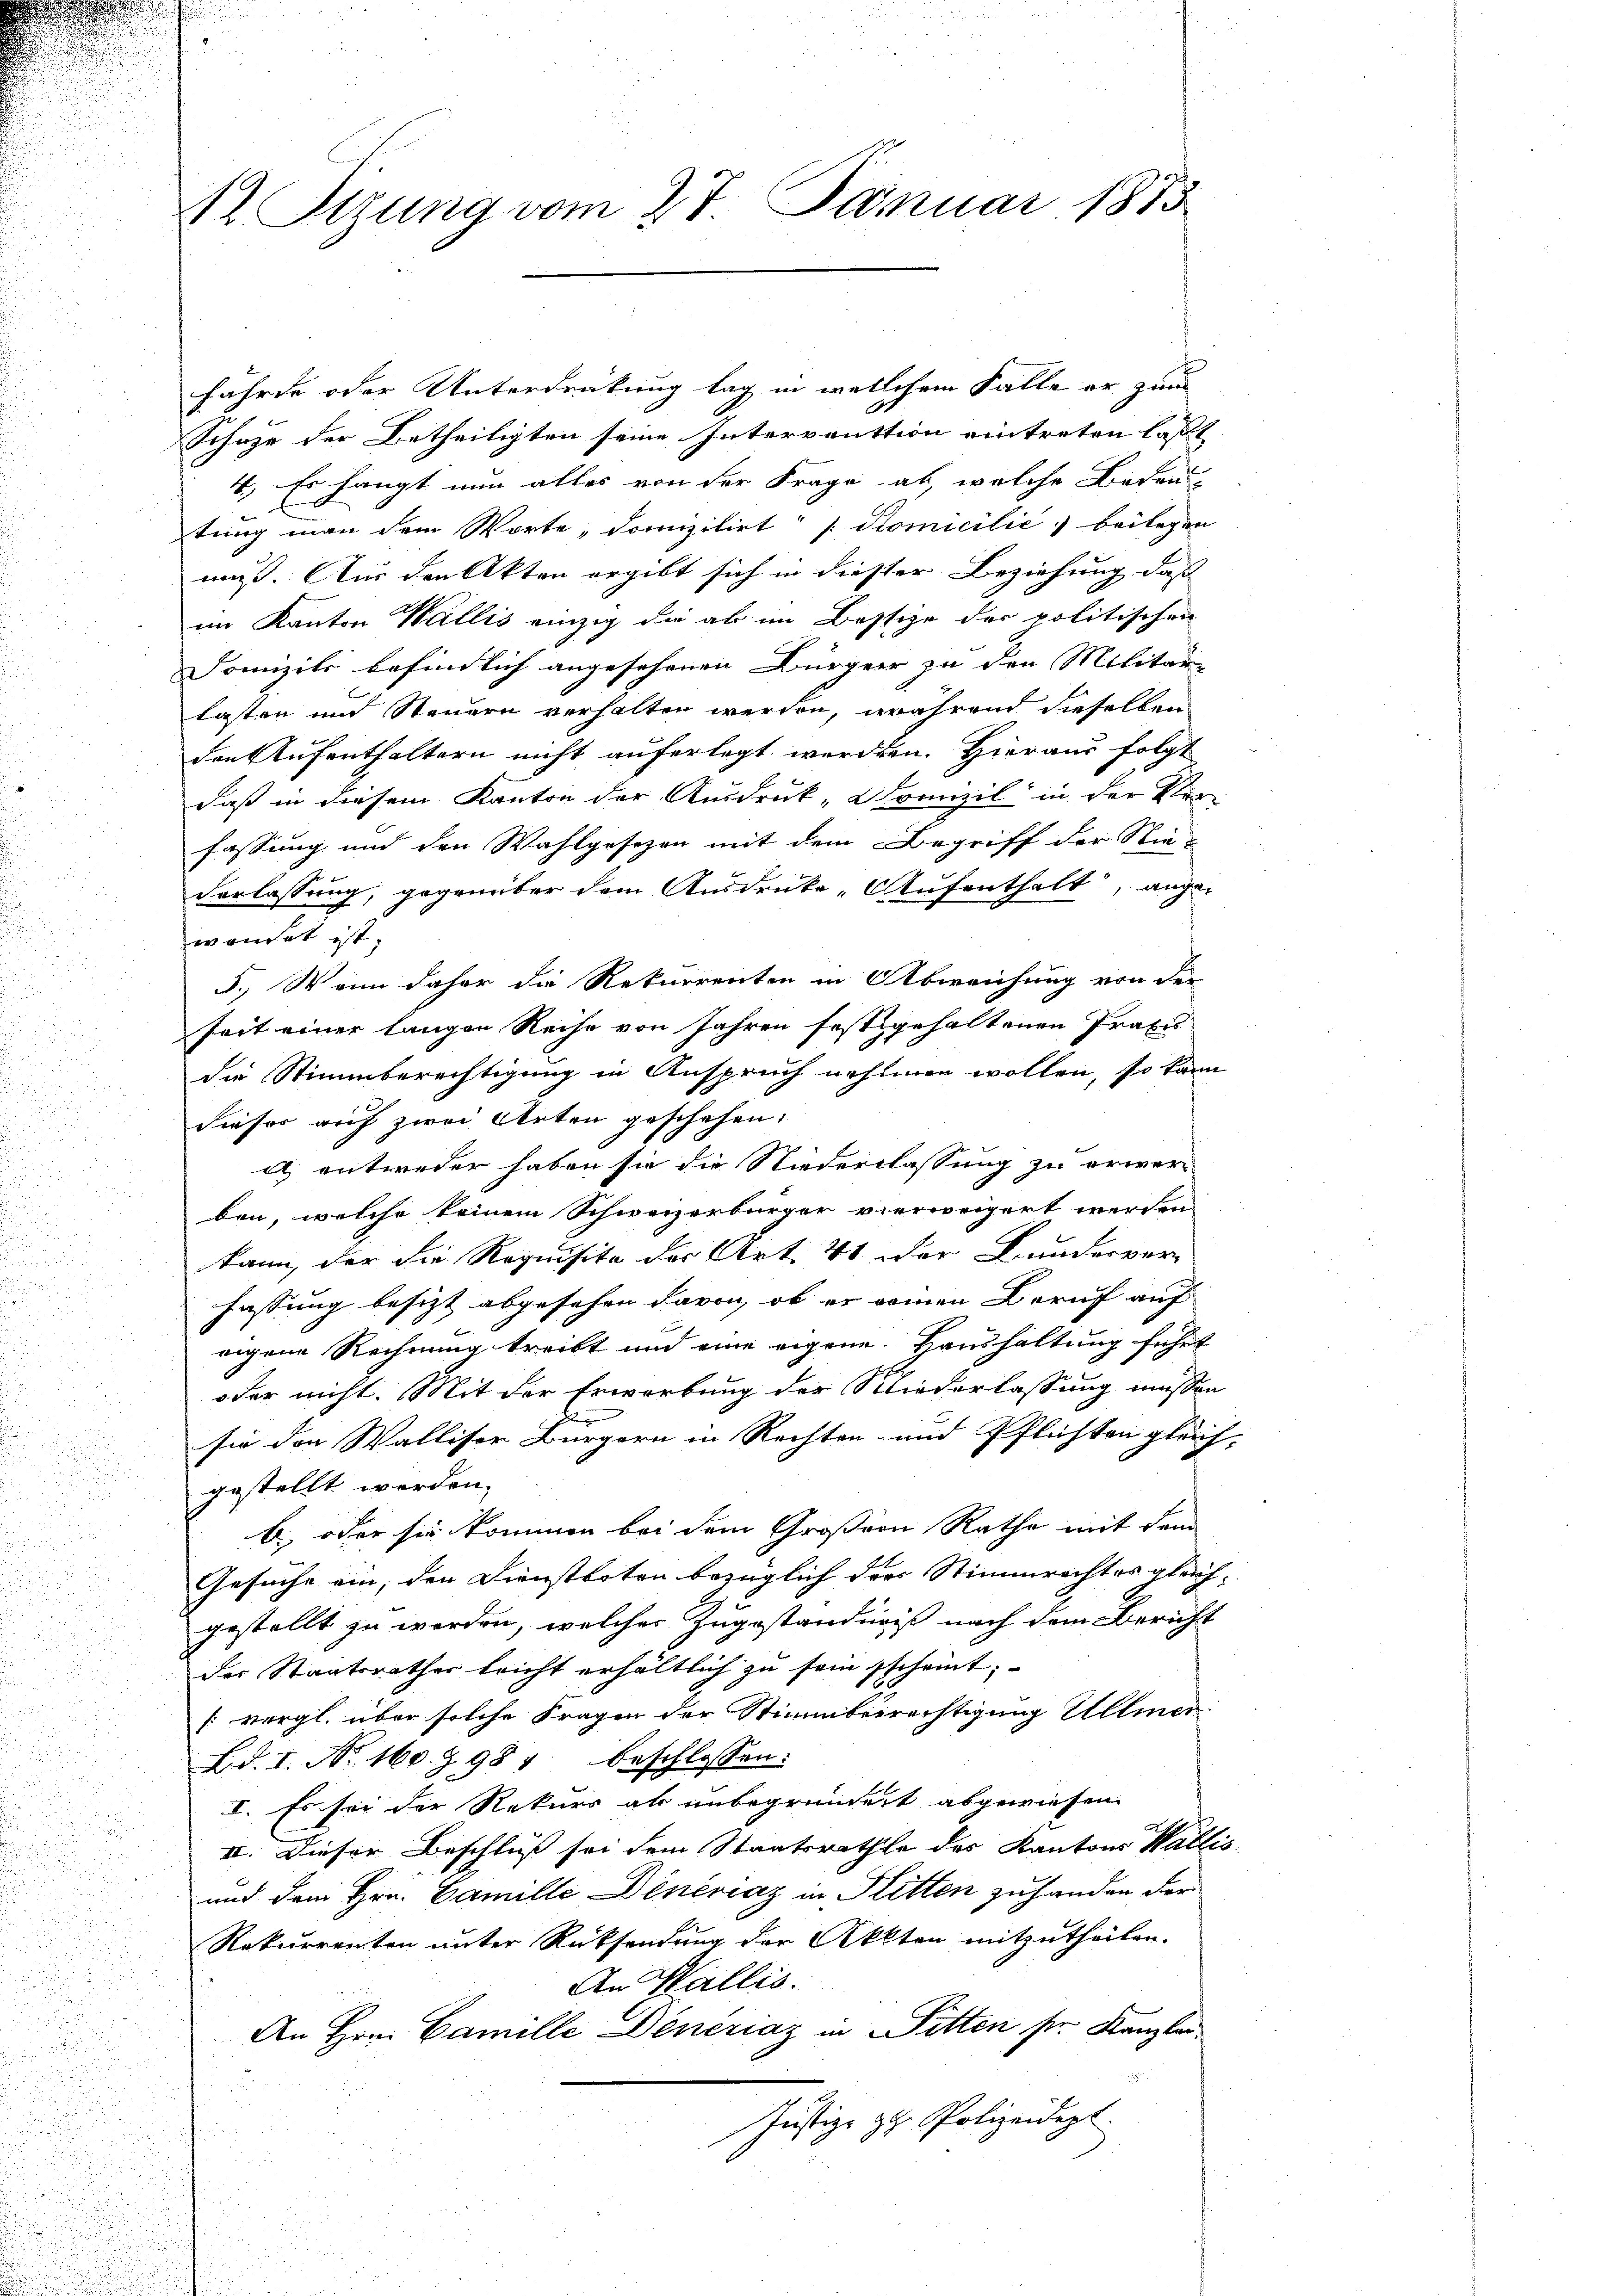
4t Sitzung vom 27. Januar 1873

fährte oder Unterdrückung lag in welchem Falle er zum
Schuze der Betheiligten seine Intervention eintreten lasst
4.) Es hängt nun alles von der Frage ab, welche Bedeu
tung man dem Worte „domizilirt [Komicilić, beilegen
muß. Nur den Akten ergibt sich in diester Beziehung das
im Kanton Wallis einzig die ab im Bestige der politischen
Somizili befindlich angesehenen Bürger zu den Militär
lasten und Steuern verhalten werden, während dieselben
den Aufenthaltern nicht auferlegt werden. Hieraus folgt
daß in diesem Kanton der Ausdruck, Kranzil in der Ver-
fassung und den Wahlgesezen mit dem Begriff der Stim-
Verlassung, gegenüber dem Ausdrucke „Aufenthalt, angei
wendet ist,
d
u
5.) Wenn daher die Rekurrenten in Abweichung von der
u
seit einer langen Reihe von Jahren festgehaltenen Praxis
i
8
die Stimmberechtigung in Anspruch nehmen wollen, so kann

dieser auf zwei Arten geschehen:

a) entweder haben sie die Niederlassung zu erwer
bon, welche keinem Schweizerbürger verweigert werden
da
kann, der die Requisite des Art. 41 der Bunderver-
2
fassung besizt abgesehen davon, ob er seinen Beruf auf
n

eigene Rechnung treibt und eine eigene Haushaltung führt
n
.
oder nicht. Mit der Erwerbung der Niederlassung müssen
l
sie den Walliser Bürgern in Rechten- und Pflichten gleich- |
gestellt werden.
b, oder sie kommen bei dem Großern Rathe mit dem
.
Gesuche ein, den Dienstboten bezüglich dies Stimmrechtes gleich- |
gestellt zu werden, welcher Zugeständniß nach dem Bericht
der Staatsrathes leicht erhältlich zu sein sscheint;

[vergl. über solche Fragen der Stimmberrechtigung Ullmeri
u

Bd. 1. No. 160. § 981 beschlossen:
.
I. Es sei der Rekurs als unbegründet abgewiesen
II. Dieser Beschluß sei dem Staatsrathe des Kantons Wallis
und dem Hrn. Camille Dinériaz in Ritten zuhanden der
Rekurrenten unter Rücksendung der Akten mitzutheilen.
An Wallis.
An Hrn. Camille Deneziaz in Sitten sie Kanzlei¬
Justiz zu Polizeidept.
i